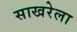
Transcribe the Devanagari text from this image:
साखरेला